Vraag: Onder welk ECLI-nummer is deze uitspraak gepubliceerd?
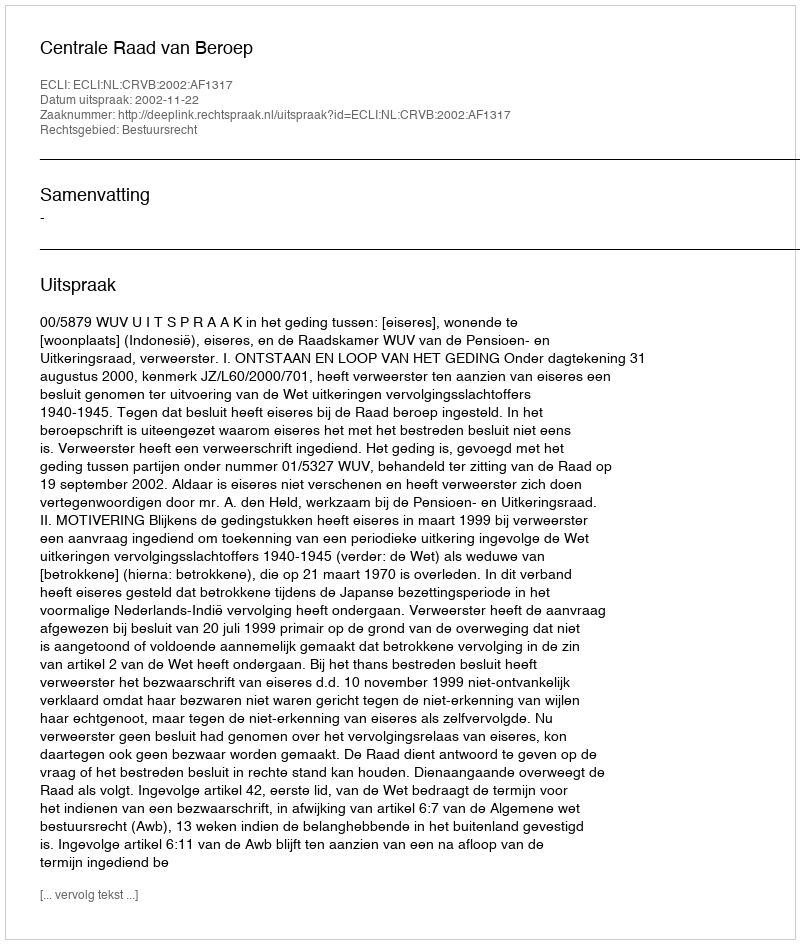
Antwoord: ECLI:NL:CRVB:2002:AF1317